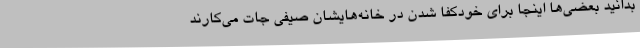
بدانید بعضی‌ها اینجا برای خودکفا شدن در خانه‌هایشان صیفی جات می‌کارند